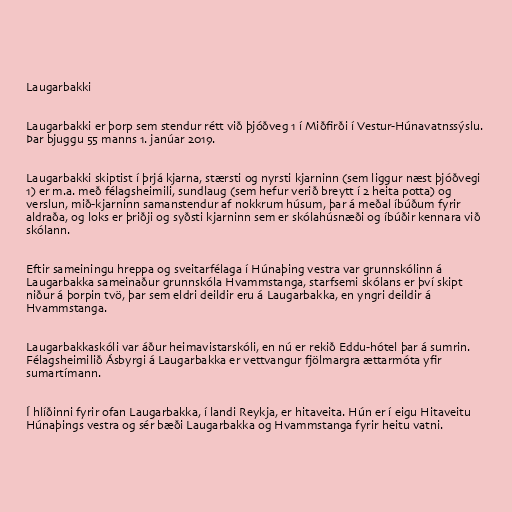
Laugarbakki

Laugarbakki er þorp sem stendur rétt við þjóðveg 1 í Miðfirði í Vestur-Húnavatnssýslu.
Þar bjuggu 55 manns 1. janúar 2019.

Laugarbakki skiptist í þrjá kjarna, stærsti og nyrsti kjarninn (sem liggur næst þjóðvegi
1) er m.a. með félagsheimili, sundlaug (sem hefur verið breytt í 2 heita potta) og
verslun, mið-kjarninn samanstendur af nokkrum húsum, þar á meðal íbúðum fyrir
aldraða, og loks er þriðji og syðsti kjarninn sem er skólahúsnæði og íbúðir kennara við
skólann.

Eftir sameiningu hreppa og sveitarfélaga í Húnaþing vestra var grunnskólinn á
Laugarbakka sameinaður grunnskóla Hvammstanga, starfsemi skólans er því skipt
niður á þorpin tvö, þar sem eldri deildir eru á Laugarbakka, en yngri deildir á
Hvammstanga.

Laugarbakkaskóli var áður heimavistarskóli, en nú er rekið Eddu-hótel þar á sumrin.
Félagsheimilið Ásbyrgi á Laugarbakka er vettvangur fjölmargra ættarmóta yfir
sumartímann.

Í hlíðinni fyrir ofan Laugarbakka, í landi Reykja, er hitaveita. Hún er í eigu Hitaveitu
Húnaþings vestra og sér bæði Laugarbakka og Hvammstanga fyrir heitu vatni.